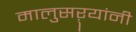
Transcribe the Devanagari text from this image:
मालुसऱ्यांनी